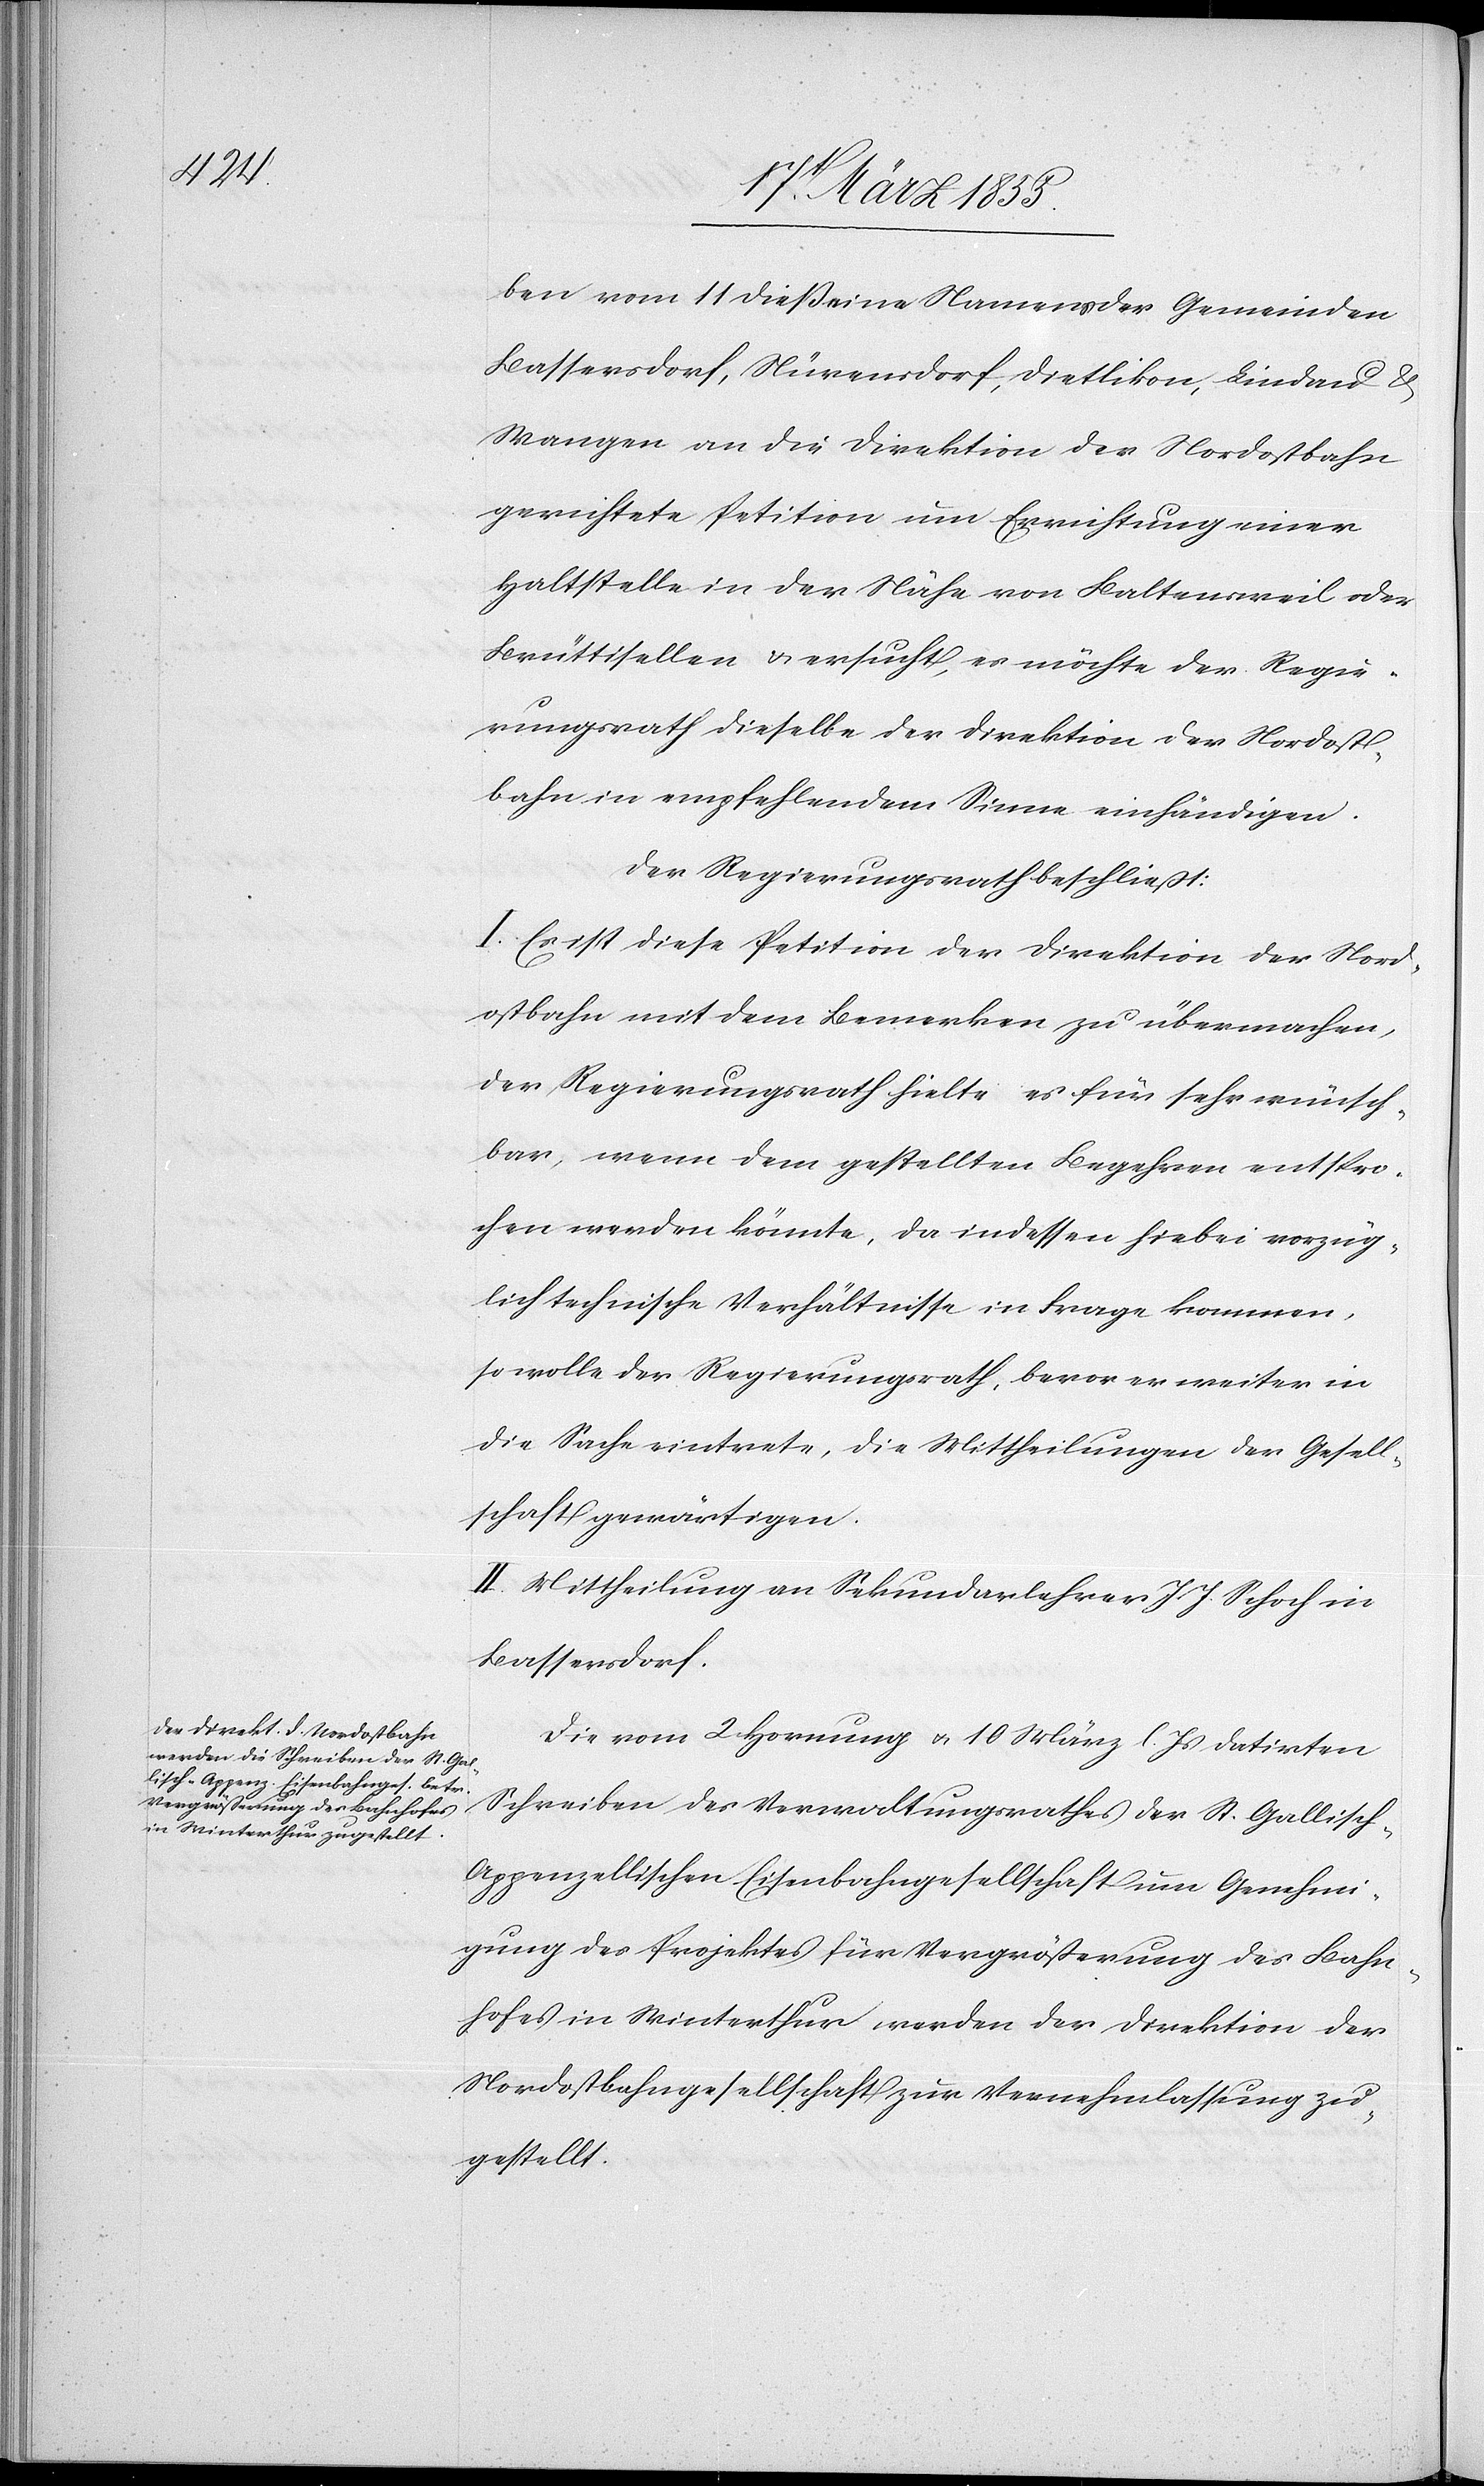
ben vom 11 dieß eine Namens der Gemeinden
Bassersdorf, Nürensdorf, Dietlikon, Lindau &
Wangen an die Direktion der Nordostbahn
gerichtete Petition um Errichtung einer
Haltstelle in der Nähe von Baltensweil oder
Brüttisellen & ersucht, es möchte der Regie¬
rungsrath dieselbe der Direktion der Nordost¬
bahn in empfehlendem Sinne einhändigen.
Der Regierungsrath beschließt:
I. Es ist diese Petition der Direktion der Nord¬
ostbahn mit dem Bemerken zu übermachen,
der Regierungsrath hielte es für sehr wünsch¬
bar, wenn dem gestellten Begehren entspro¬
chen werden könnte, da indessen hiebei vorzüg¬
lich technische Verhältnisse in Frage kommen,
so wolle der Regierungsrath, bevor er weiter in
die Sache eintrete, die Mittheilungen der Gesell¬
schaft gewärtigen.
II. Mittheilung an Sekundarlehrer J. J. Schoch in
Bassersdorf.
Die vom 2 Hornung & 10 März l. Js datirten
Schreiben des Verwaltungsrathes der St. Gallisch-A¬
ppenzellischen Eisenbahngesellschaft um Genehmi¬
gung des Projektes für Vergrößerung des Bahn¬
hofes in Winterthur werden der Direktion der
Nordostbahngesellschaft zur Vernehmlassung zu¬
gestellt.